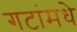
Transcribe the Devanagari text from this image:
गटांमधे